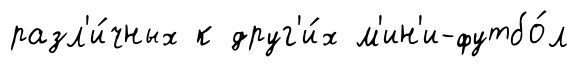
разл'и́чных к друг'и́х м'ин'и-футбо́л